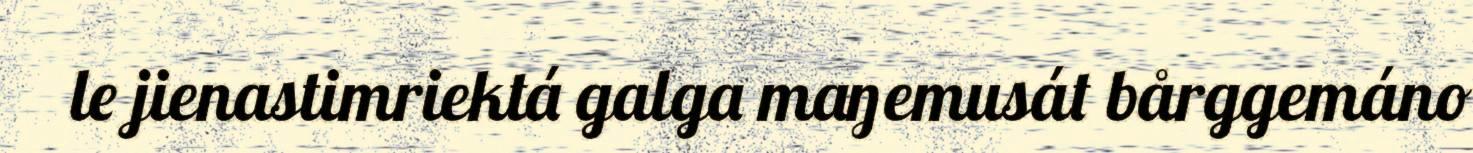
le jienastimriektá galga maŋemusát bårggemáno